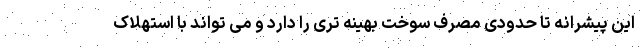
این پیشرانه تا حدودی مصرف سوخت بهینه تری را دارد و می تواند با استهلاک